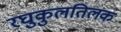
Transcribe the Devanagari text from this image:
रघुकुलतिलक